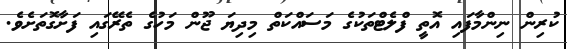
ކުރިން ނިންމާފައި އޮތީ ފްލެޓްތަކުގެ މަސައްކަތް މިދިޔަ ޖޫން މަހުގެ ތެރޭގައި ފަށާގޮތަށެވެ.